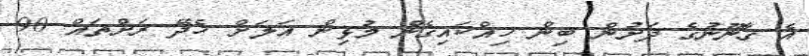
އެ ގާނޫނުގެ ދަށުން ބިން ހިއްކައިގެން މުޅިން އަލަށް ހެދޭ ރަށްތައް 90